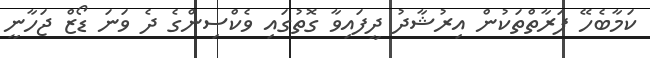
ކަމާބެހޭ ފަރާތްތަކުން އިރުޝާދު ދީފައިވާ ގޮތުގައި ވެކްސިންގެ ދެ ވަނަ ޑޯޒް ޖަހާނީ